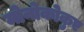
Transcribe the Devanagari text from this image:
मोनोकोकुए